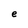
Character: e